Mental hospitals Bombay report 1929-33 - 1929-1933
Year: 1929
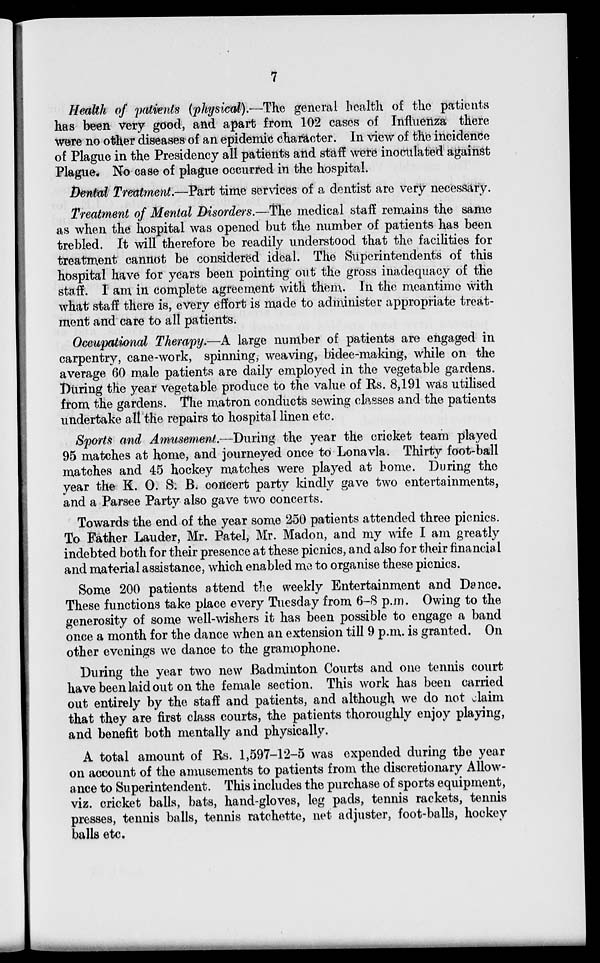
7
Health of patients (physical).—The general health of the patients
has been very good, and apart from 102 cases of Influenza there
were no other diseases of an epidemic character. In view of the incidence
of Plague in the Presidency all patients and staff were inoculated against
Plague. No case of plague occurred in the hospital.
Dental Treatment.—Part time services of a dentist are very necessary.
Treatment of Mental Disorders.—The medical staff remains the same
as when the hospital was opened but the number of patients has been
trebled. It will therefore be readily understood that the facilities for
treatment cannot be considered ideal. The Superintendents of this
hospital have for years been pointing out the gross inadequacy of the
staff. I am in complete agreement with them. In the meantime with
what staff there is, every effort is made to administer appropriate treat-
ment and care to all patients.
Occupational Therapy.—A large number of patients are engaged in
carpentry, cane-work, spinning, weaving, bidee-making, while on the
average 60 male patients are daily employed in the vegetable gardens.
During the year vegetable produce to the value of Rs. 8,191 was utilised
from the gardens. The matron conducts sewing classes and the patients
undertake all the repairs to hospital linen etc.
Sports and Amusement.—During the year the cricket team played
95 matches at home, and journeyed once to Lonavla. Thirty foot-ball
matches and 45 hockey matches were played at home. During the
year the K. O. S. B. concert party kindly gave two entertainments,
and a Parsee Party also gave two concerts.
Towards the end of the year some 250 patients attended three picnics.
To Father Lauder, Mr. Patel, Mr. Madon, and my wife I am greatly
indebted both for their presence at these picnics, and also for their financial
and material assistance, which enabled me to organise these picnics.
Some 200 patients attend the weekly Entertainment and Dance.
These functions take place every Tuesday from 6-8 p.m. Owing to the
generosity of some well-wishers it has been possible to engage a band
once a month for the dance when an extension till 9 p.m. is granted. On
other evenings we dance to the gramophone.
During the year two new Badminton Courts and one tennis court
have been laid out on the female section. This work has been carried
out entirely by the staff and patients, and although we do not claim
that they are first class courts, the patients thoroughly enjoy playing,
and benefit both mentally and physically.
A total amount of Rs. 1,597-12-5 was expended during the year
on account of the amusements to patients from the discretionary Allow-
ance to Superintendent. This includes the purchase of sports equipment,
viz. cricket balls, bats, hand-gloves, leg pads, tennis rackets, tennis
presses, tennis balls, tennis ratchette, net adjuster, foot-balls, hockey
balls etc.